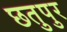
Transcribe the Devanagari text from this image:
छतुपुर